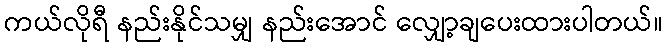
ကယ်လိုရီ နည်းနိုင်သမျှ နည်းအောင် လျှော့ချပေးထားပါတယ်။